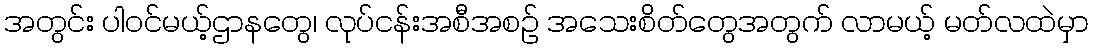
အတွင်း ပါဝင်မယ့်ဌာနတွေ၊ လုပ်ငန်းအစီအစဉ် အသေးစိတ်တွေအတွက် လာမယ့် မတ်လထဲမှာ